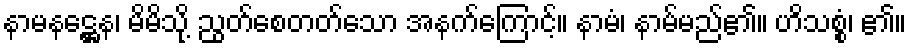
နာမနဋ္ဌေန၊ မိမိသို့ ညွတ်စေတတ်သော အနက်ကြောင့်။ နာမံ၊ နာမ်မည်၏။ ဟိသစ္စံ၊ ၏။